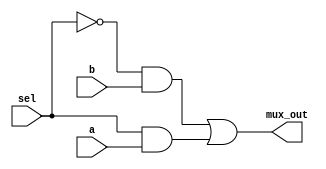

module mux_allstyles (input a, input b, input sel, output mux_out);
    // Below is conditional assignment of MUX 
    //assign mux_out = (sel) ? a : b;

    // Below is using procedural assignment with "if" statement. For this condition, mux_out has to be declared as reg. 
    // Uncomment below lines to execute MUX with "if" statement
   /* reg mux_out;
    always @(*)
        begin
            if (sel==1'b1) mux_out = a;
            else mux_out = b;
        end */
    
    // Below is using procedural assignment with "case" statement. For this condition, mux_out has to be declared as reg.
    // Uncomment below lines to execute MUX with "case" statement
    /* reg mux_out;
    always @(*) 
        begin   
            case(sel)
            1'b0 : mux_out = b;
            1'b1 : mux_out = a;
            endcase
        end*/

    // Below is continuous assignement of MUX, using behavioural model.  
    assign mux_out = ((!sel) & b ) | (sel & a); 

    // We can also declare the MUX with structural assignment by choosing the exact gates we need the MUX to be synthesized with
    /*wire t1, t2;
    and selb (t1, ~sel, b);
    and sela (t2, sel, a);
    or ormux (mux_out, t1, t2);*/

endmodule